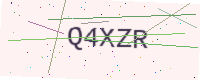
Text: Q4XZR